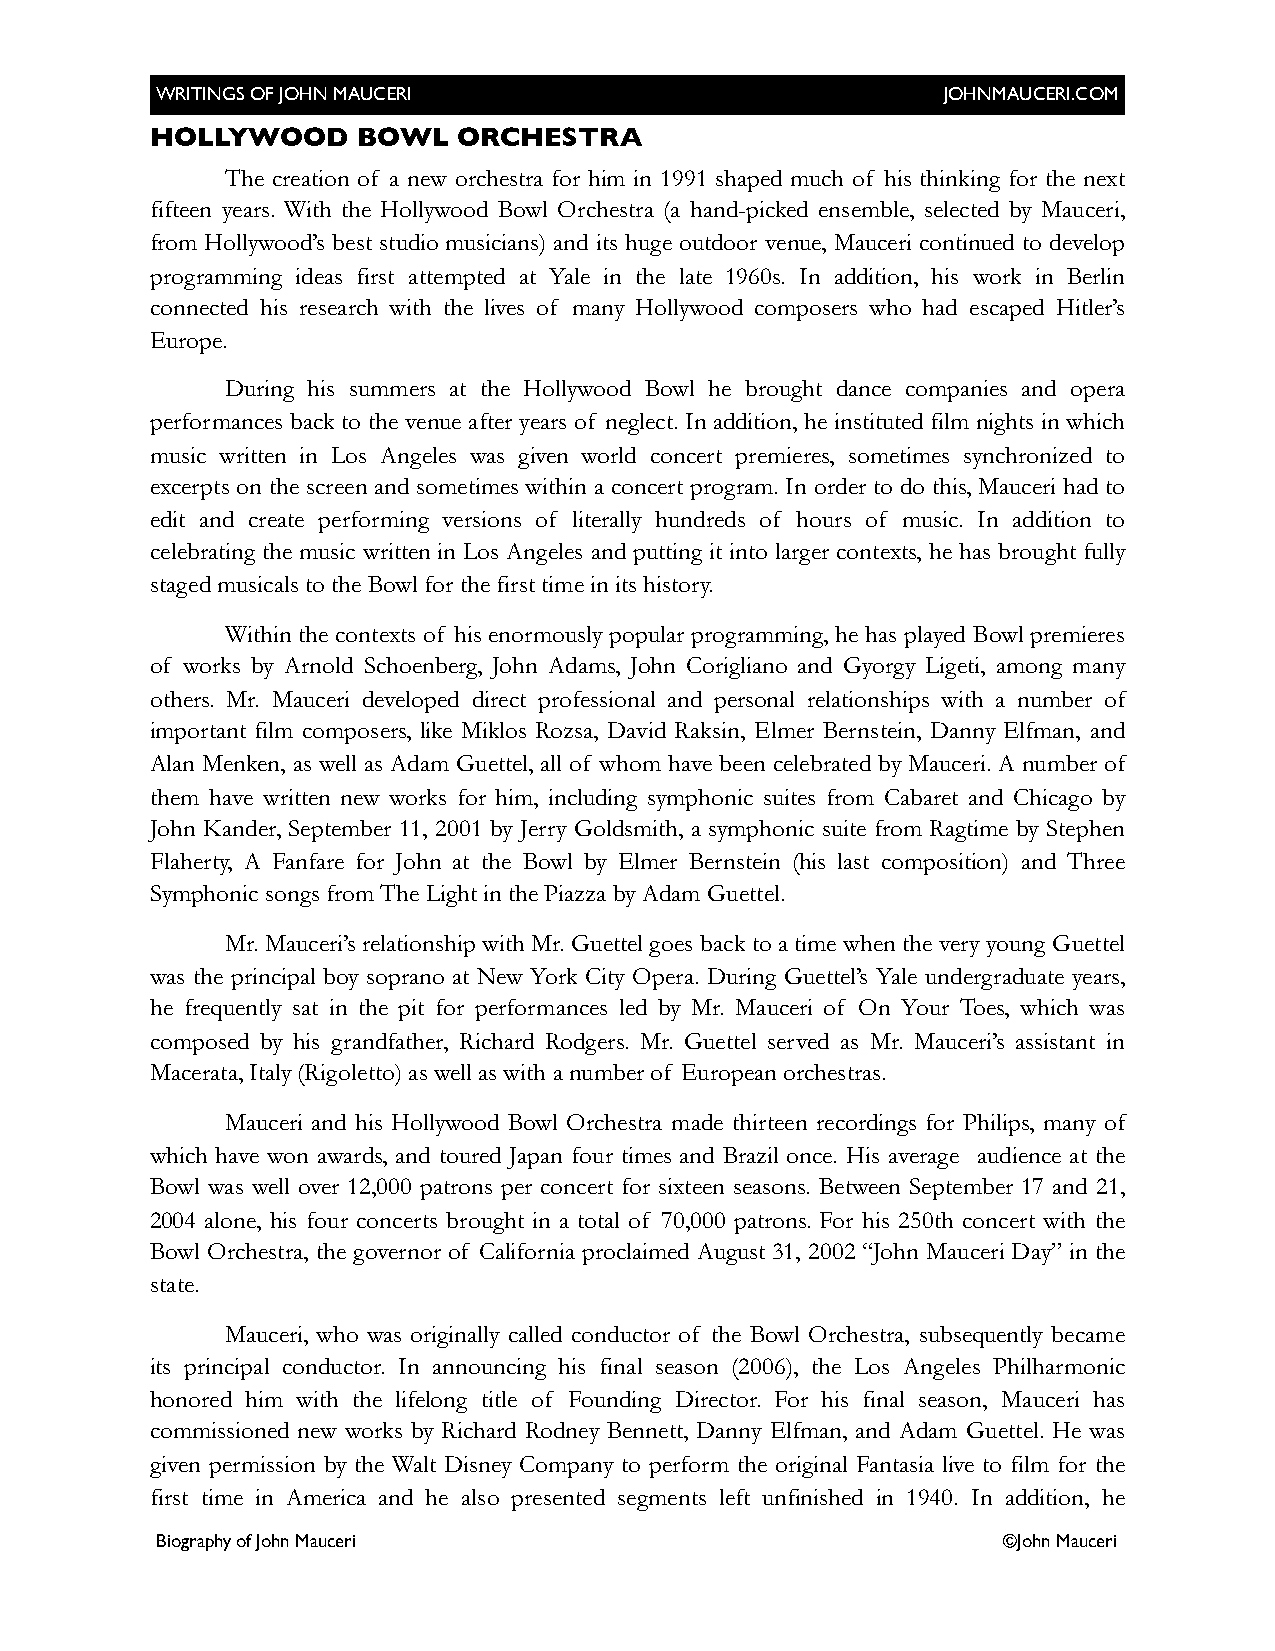
WRITINGS OF JOHN MAUCERI                             JOHNMAUCERI.COM
 HOLLYWOOD     BOWL  ORCHESTRA
 The creation of a new orchestra for him in 1991 shaped much of his thinking for the next
 fifteen years. With the Hollywood Bowl Orchestra (a hand-picked ensemble, selected by Mauceri,
 from Hollywood’s best studio musicians) and its huge outdoor venue, Mauceri continued to develop
 programming ideas first attempted at Yale in the late 1960s. In addition, his work in Berlin
 connected his research with the lives of many Hollywood composers who had escaped Hitler’s
 Europe.
 During his summers at the Hollywood Bowl he brought dance companies and opera
 performances back to the venue after years of neglect. In addition, he instituted film nights in which
 music written in Los Angeles was given world concert premieres, sometimes synchronized to
 excerpts on the screen and sometimes within a concert program. In order to do this, Mauceri had to
 edit and create performing versions of literally hundreds of hours of music. In addition to
 celebrating the music written in Los Angeles and putting it into larger contexts, he has brought fully
 staged musicals to the Bowl for the first time in its history.
 Within the contexts of his enormously popular programming, he has played Bowl premieres
 of works by Arnold Schoenberg, John Adams, John Corigliano and Gyorgy Ligeti, among many
 others. Mr. Mauceri developed direct professional and personal relationships with a number of
 important film composers, like Miklos Rozsa, David Raksin, Elmer Bernstein, Danny Elfman, and
 Alan Menken, as well as Adam Guettel, all of whom have been celebrated by Mauceri. A number of
 them have written new works for him, including symphonic suites from Cabaret and Chicago by
 John Kander, September 11, 2001 by Jerry Goldsmith, a symphonic suite from Ragtime by Stephen
 Flaherty, A Fanfare for John at the Bowl by Elmer Bernstein (his last composition) and Three
 Symphonic songs from The Light in the Piazza by Adam Guettel.
 Mr. Mauceri’s relationship with Mr. Guettel goes back to a time when the very young Guettel
 was the principal boy soprano at New York City Opera. During Guettel’s Yale undergraduate years,
 he frequently sat in the pit for performances led by Mr. Mauceri of On Your Toes, which was
 composed by his grandfather, Richard Rodgers. Mr. Guettel served as Mr. Mauceri’s assistant in
 Macerata, Italy (Rigoletto) as well as with a number of European orchestras.
 Mauceri and his Hollywood Bowl Orchestra made thirteen recordings for Philips, many of
 which have won awards, and toured Japan four times and Brazil once. His average audience at the
 Bowl was well over 12,000 patrons per concert for sixteen seasons. Between September 17 and 21,
 2004 alone, his four concerts brought in a total of 70,000 patrons. For his 250th concert with the
 Bowl Orchestra, the governor of California proclaimed August 31, 2002 “John Mauceri Day” in the
 state.
 Mauceri, who was originally called conductor of the Bowl Orchestra, subsequently became
 its principal conductor. In announcing his final season (2006), the Los Angeles Philharmonic
 honored him with the lifelong title of Founding Director. For his final season, Mauceri has
 commissioned new works by Richard Rodney Bennett, Danny Elfman, and Adam Guettel. He was
 given permission by the Walt Disney Company to perform the original Fantasia live to film for the
 first time in America and he also presented segments left unfinished in 1940. In addition, he
 Biography of John Mauceri                               ©John Mauceri